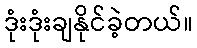
ဒုံးဒုံးချနိုင်ခဲ့တယ်။